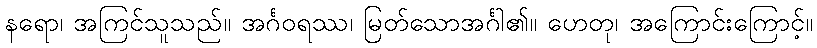
နရော၊ အကြင်သူသည်။ အင်္ဂဝရဿ၊ မြတ်သောအင်္ဂါ၏။ ဟေတု၊ အကြောင်းကြောင့်။